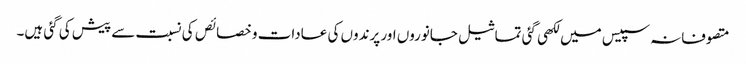
متصوفانہ سپیس میں لکھی گئی تماثیل جانوروں اور پرندوں کی عادات و خصائص کی نسبت سے پیش کی گئی ہیں۔